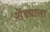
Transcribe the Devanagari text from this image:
शेंड्याला